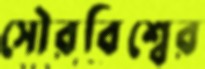
সৌরবিশ্বের